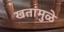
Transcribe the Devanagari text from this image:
खतांमुळे